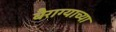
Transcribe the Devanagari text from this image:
बैराग्याच्या